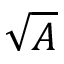
\sqrt { A }